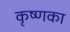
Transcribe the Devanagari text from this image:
कृष्णका